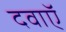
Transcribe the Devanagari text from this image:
दवाऍं